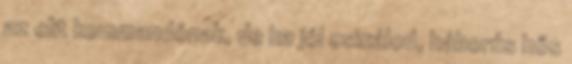
az elit kommandónak, de ha jól csinálod, háborús hős